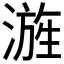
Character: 𣻓